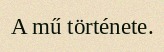
A mű története.